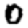
Digit: 0